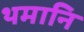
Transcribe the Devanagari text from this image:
थमानि